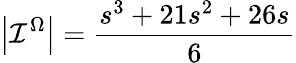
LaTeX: \left|\mathcal{I}^{\Omega}\right|=\frac{s^{3}+21s^{2}+26s}{6}